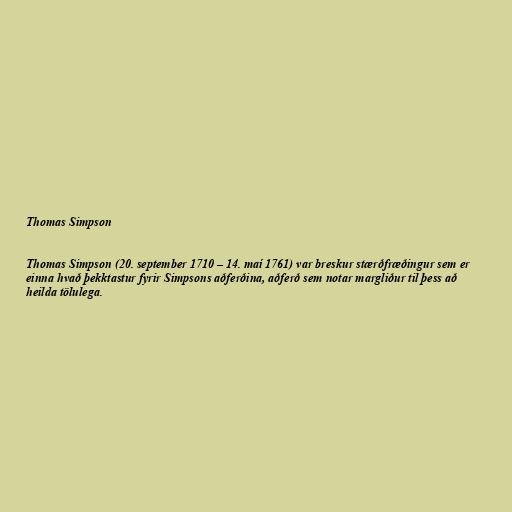
Thomas Simpson

Thomas Simpson (20. september 1710 – 14. maí 1761) var breskur stærðfræðingur sem er
einna hvað þekktastur fyrir Simpsons aðferðina, aðferð sem notar margliður til þess að
heilda tölulega.